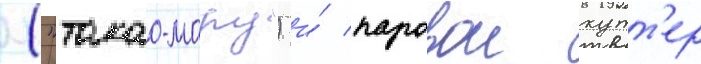
("такао-мару") и́ паровои кутт'ер